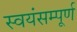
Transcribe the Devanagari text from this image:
स्वयंसम्पूर्ण